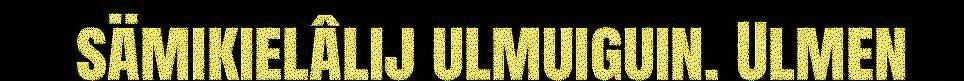
sämikielâlij ulmuiguin. Ulmen